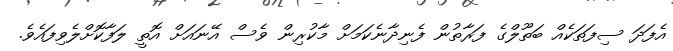
އެފަދަ ސިފަތަކެއް ބަތޫލްގެ ފަރާތުން ފެނިދާނެކަމަށް މާކުރިން ވެސް އޭނައަށް އޮތީ ލަފާކޮށްލެވިފައެވެ.